Report of the Municipal Commissioner on the plague in Bombay for the year ending 31st May... - Volume 2
Disease focus: Plague
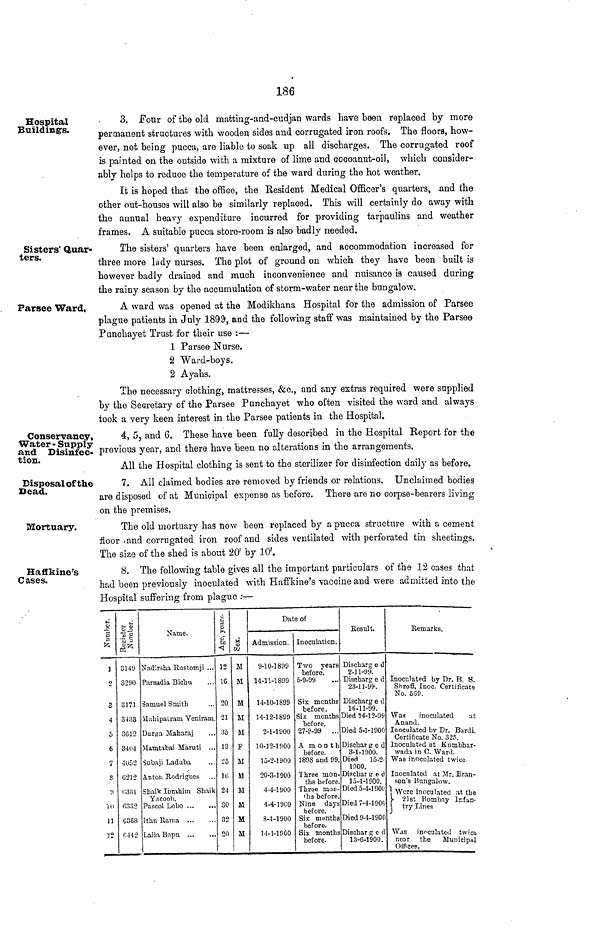
186
Hospital
Buildings.
3, Four of the old matting-and-cudjan wards have been replaced by more
permanent structures with wooden sides and corrugated iron roofs. The floors, how-
ever, not being pucca, are liable to soak up all discharges. The corrugated roof
is painted on the outside with a mixture of lime and cocoauut-oiJ, which consider-
ably helps to reduce the temperature of the ward during the hot weather.
It is hoped that the office, the Resident Medical Officer's quarters, .and the
other out-houses will also be similarly replaced. This will certainly do away with
the annual heavy expenditure incurred for providing tarpaulins and weather
frames. A suitable pucca store-room is also badly needed.
Sisters' Quar-
ters.
The sisters' quarters have been enlarged, and accommodation increased for
three more lady nurses. The plot of ground on which they have been built is
however badly drained and much inconvenience and nuisance is caused during
the rainy season by the accumulation of storm-water near the bungalow.
Parsee Ward,
A ward was opened at the Modikhana Hospital for the admission of Parsee
plague patients in July 1899, and the following staff was maintained by the Parsee
Punchayet Trust for their use :—
1 Parsee Nurse.
2 Ward-boys.
2 Ayahs.
The necessary clothing, mattresses, &c., and any extras required were supplied
by the Secretary of the Parsee Pnnchayet who often visited the ward and always
took a very keen interest in the Parsee patients in the Hospital.
Conservancy,
Water-Supply
and Disinfec-
tion.
4, 5, and 6. These have been fully described in the Hospital Beport for the
previous year, and there have been no alterations in the arrangements.
All the Hospital clothing is sent to the sterilizer for disinfection daily as before.
Disposal of the
Dead.
7. All claimed bodies are removed by friends or relations. Unclaimed bodies
are disposed of at Municipal expense as before. There are no corpse-bearers living
on the premises.
Mortuary.
The old mortuary has now been replaced by a pucca structure with a cement
floor «and corrugated iron roof and sides ventilated with perforated tin sheetings.
The size of the shed is about 20' by 10'.
Haffkine's
C ases.
8. The following table gives all the important particulars of the 12 cases that
had been previously inoculated with Haffkine's vaccine and were admitted into the
Hospital suffering from plague :—
»4
o
s
£
1
2
3
4
i>
6
7
S
!)
H>
11
32
fj
$2
.»g
£< =
&*
3149
3290
8171
3433
00 12
3404
4U52
6212
C3i)l
G3SJ2
G368
0442
Name.
Nadirsha Rustomji •••
Parsadia Bichu
Samuel Smith
Mahipalram Yeniram.
Durga Maharaj
Mamtabai Haruti ...
Subaji Laduba
Anton Rodrigues
Shaik Ibrahim Sbn,ik
Yacoob.
Pascol Lobo
Ithu llama
Lalia Bnpu
•J>
3 >- >
oT
to
<!
12
16
20
21
35
13
25
10
24
30
32
20
M
CD
C/J
M
M
M
M
M
F
M
M
M
M
M
M
Date of
Admission.
9-10-1899
14.-11-1899
14-10-1899
14-12-1899
2-1-1900
10-12-1 900
15-2-1900
20-3-1900
4-4-1900
4-4-1900
8-4-1900
M- 1-1900
Inoculation.
Two years
before.
5-9-99
Sis months
before.
Six months
before.
27-9-99 ...
A month
before.
1898 and 99.
Three mon-
ths before.
Three mou-
ths before.
Nine days
before.
Six months
before.
Six months
before.
Result.
Discharg e d
2-11-99.
Discharg e d
23-11-99.
Discharg e d
16-11-99.
Died 24-12-99
Died 5-1-1900
Dischar g e d
3-1-1900.
Died 15-2-
1900.
Dischar s e <J
15-4-1900.
Died 5-4-1 901'
Died 7-4-1900
Died 9-4-1900
Dischar g e d
13-6-1900.
Remarks.
Inoculated by Dr. B. 8.
Shroff, luoc. Certificate
No. 5C9.
Was
inoculated
at
Anand.
Inoculated bv Dr. Bardi.
Certificate No. 325.
Inoculated at Kumbhar-
wada in C. Ward.
Was inoculated twice
Inoculated at Mr. Bran-
son's Bnngalow.
1
°\
Were inoculated at the
}• 21st Bombay Icfun-
l try Lines
Was inoculated twicfj
nenr the
Municipal
Offices.